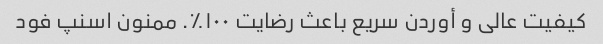
کیفیت عالی و أوردن سریع باعث رضایت ۱۰۰٪. ممنون اسنپ فود